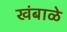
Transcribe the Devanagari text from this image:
खंबाळे